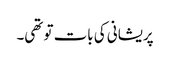
پریشانی کی بات تو تھی۔